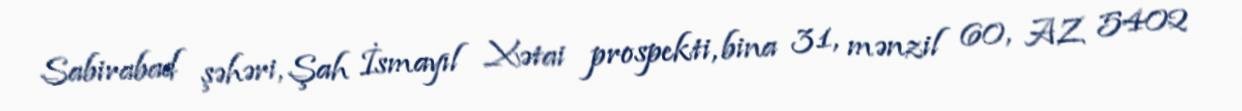
Sabirabad şəhəri, Şah İsmayıl Xətai prospekti, bina 31, mənzil 60, AZ 5402